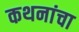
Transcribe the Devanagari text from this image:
कथनांचा